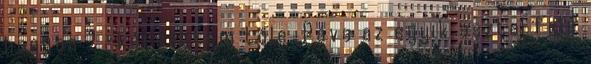
hogyan ? -kérdeztem tőle. Páva az egyik asztal felé